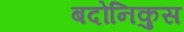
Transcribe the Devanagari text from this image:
बदोनिकुस